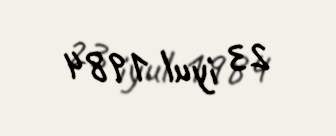
23 iyul 1984